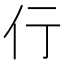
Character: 𬽣